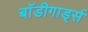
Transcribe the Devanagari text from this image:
बाॅडीगार्ड्स